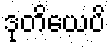
ဒုတိယေပိ